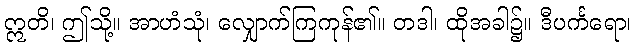
ဣတိ၊ ဤသို့။ အာဟံသုံ၊ လျှောက်ကြကုန်၏။ တဒါ၊ ထိုအခါ၌။ ဒီပင်္ကရော၊